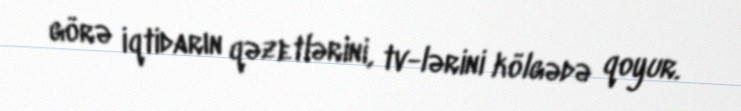
görə iqtidarın qəzetlərini, tv-lərini kölgədə qoyur.